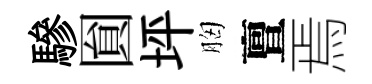
驂圎坪胸亶焉